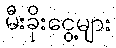
မီးခိုးငွေ့များ